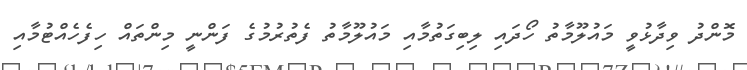
މޮންދު ވިދާޅުވީ މައުލޫމާތު ހޯދައި ލިބިގަތުމާއި މައުލޫމާތު ފެތުރުމުގެ ފަންނީ މިންތައް ހިފެހެއްޓުމާއި